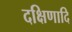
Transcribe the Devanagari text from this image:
दक्षिणादि